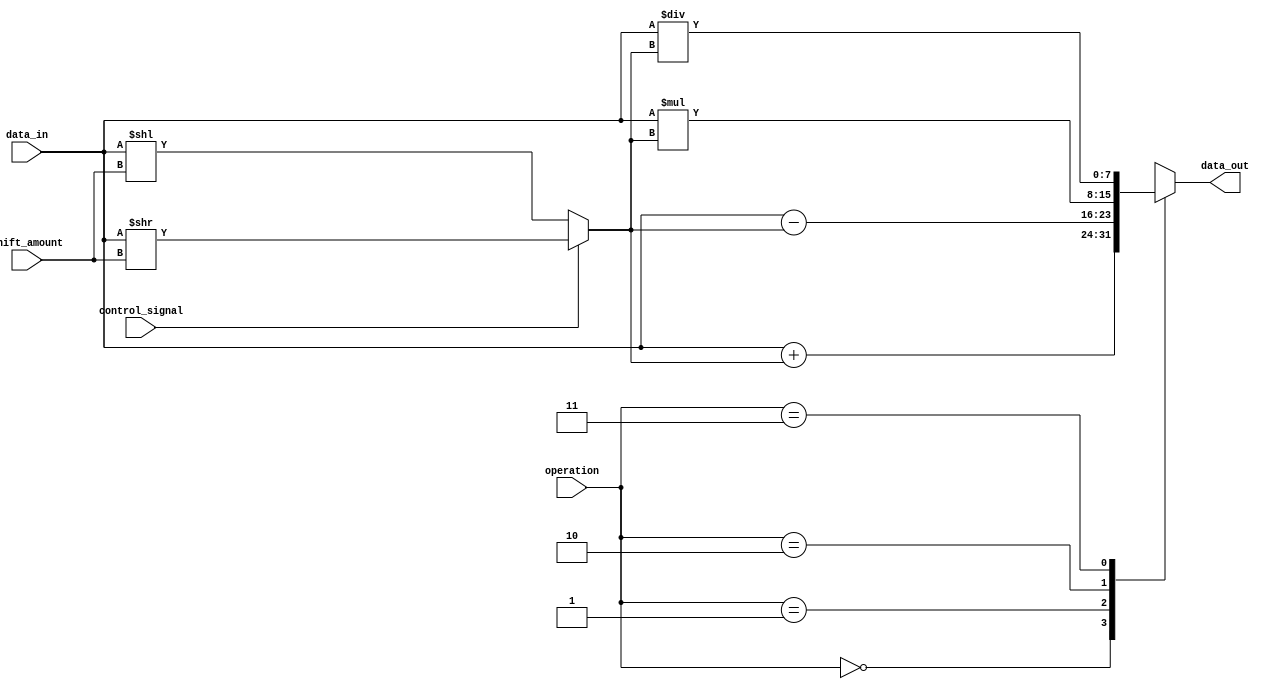
module CircularBarrelShifter (
    input [7:0] data_in,
    input [2:0] shift_amount,
    input [1:0] operation, // 00:addition, 01:subtraction, 10:multiplication, 11:division
    input control_signal, // 1: shift right, 0: shift left
    output [7:0] data_out
);

    reg [7:0] data_shifted;

    always @(*) begin
        case(operation)
            2'b00: data_shifted = data_in + (control_signal ? (data_in >> shift_amount) : (data_in << shift_amount)); // addition
            2'b01: data_shifted = data_in - (control_signal ? (data_in >> shift_amount) : (data_in << shift_amount)); // subtraction
            2'b10: data_shifted = data_in * (control_signal ? (data_in >> shift_amount) : (data_in << shift_amount)); // multiplication
            2'b11: data_shifted = data_in / (control_signal ? (data_in >> shift_amount) : (data_in << shift_amount)); // division
        endcase
    end

    assign data_out = data_shifted;

endmodule